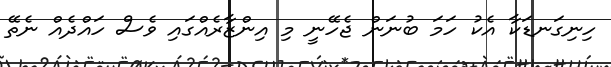
ހިނިގަނޑަކާ އެކު ހަމަ ބުނަން ޖެހޭނީ މި އިންޒާރެއްގައި ވެސް ހައްދެއް ނެތޭ